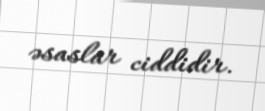
əsaslar ciddidir.